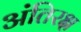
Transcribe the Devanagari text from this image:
अंतिरक्ष